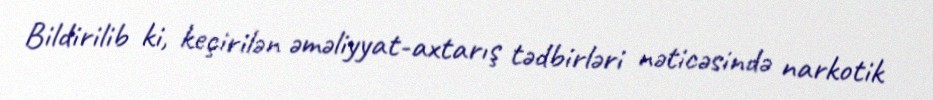
Bildirilib ki, keçirilən əməliyyat-axtarış tədbirləri nəticəsində narkotik